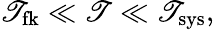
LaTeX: \mathscr{T}_{\mathrm{{fk}}}\ll\mathscr{T}\ll\mathscr{T}_{\mathrm{{sys}}},